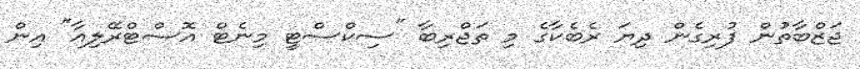
ޖަޒްބާތުން ފުރިގެން ދިޔަ ރެބެކާގެ މި ތަޖްރިބާ "ސިކްސްޓީ މިނެޓް އޮސްޓްރޭލިއާ" އިން